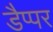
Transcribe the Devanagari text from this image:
डैप्पर